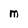
Character: m